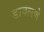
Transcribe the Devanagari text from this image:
डावलणे